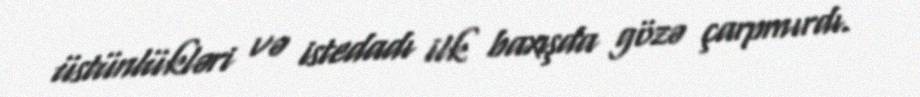
üstünlükləri və istedadı ilk baxışda gözə çarpmırdı.